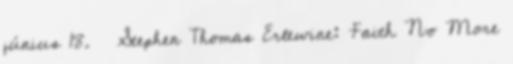
június 18. ↑ Stephen Thomas Erlewine: Faith No More